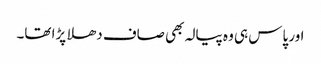
اور پاس ہی وہ پیالہ بھی صاف دھلا پڑا تھا۔